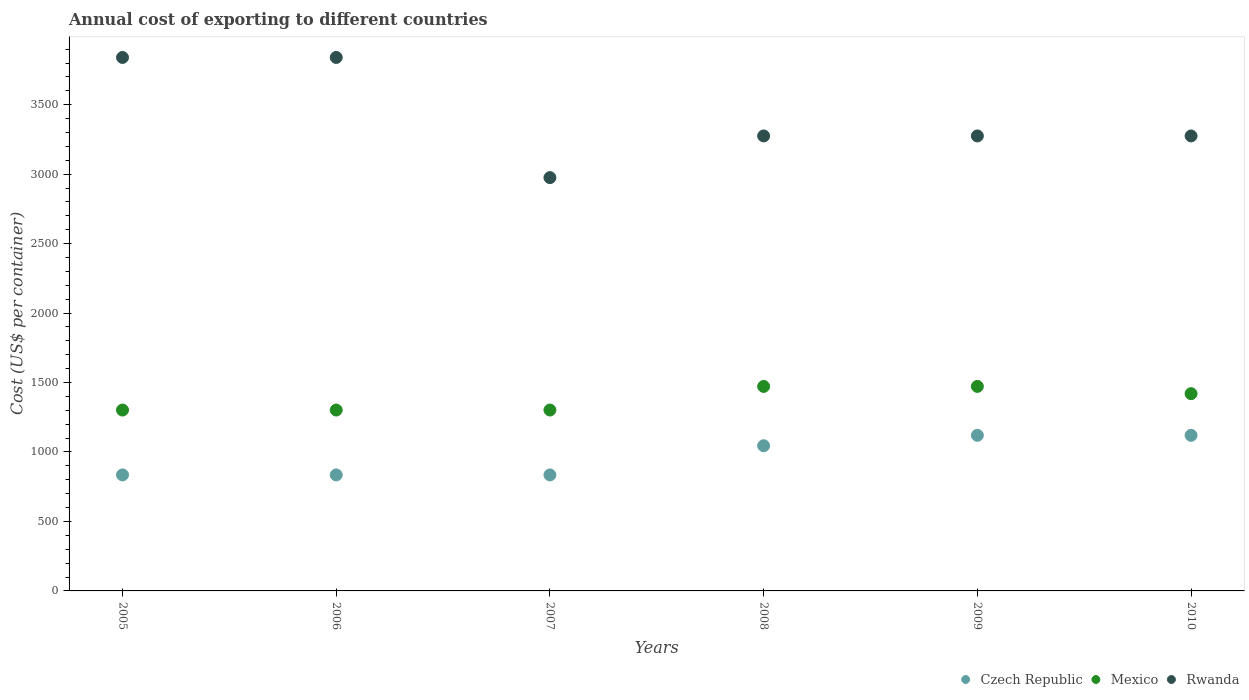
| Years | Czech Republic | Mexico | Rwanda |
 | --- | --- | --- | --- |
 | 2005 | 835 | 1.3e+03 | 3.84e+03 |
 | 2006 | 835 | 1.3e+03 | 3.84e+03 |
 | 2007 | 835 | 1.3e+03 | 2.98e+03 |
 | 2008 | 1.04e+03 | 1.47e+03 | 3.28e+03 |
 | 2009 | 1.12e+03 | 1.47e+03 | 3.28e+03 |
 | 2010 | 1.12e+03 | 1.42e+03 | 3.28e+03 |